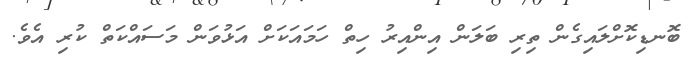
ބޮނޑިކޮށްލައިގެން ތިރި ބަލަން އިންއިރު ހިތް ހަމައަކަށް އަޅުވަން މަސައްކަތް ކުރި އެވެ.